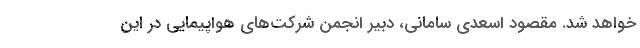
خواهد شد. مقصود اسعدی سامانی، دبیر انجمن شرکت‌های هواپیمایی در این